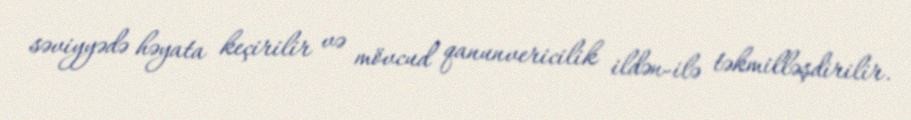
səviyyədə həyata keçirilir və mövcud qanunvericilik ildən-ilə təkmilləşdirilir.